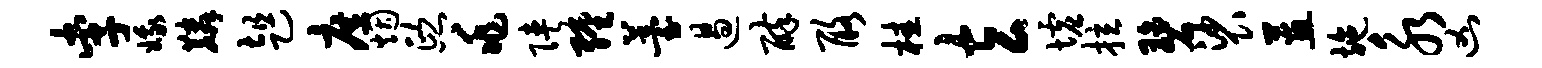
李娥麟趄庶烟熙兆陕缠薹遏醉酪桂玄墟拉碧裟蕙施永凶